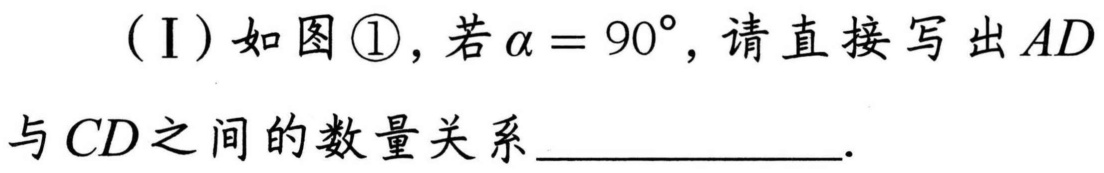
(Ⅰ) 如图\textcircled{1}，若\(\alpha = 90^{\circ}\)，请直接写出\(AD\)与\(CD\)之间的数量关系 ____________.